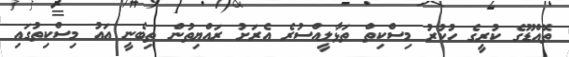
ތޮއްޑޫގެ ކުރީގެ ހުކުރު މިސްކިތް ތަޅާލީއްސުރެ އެރަށު ރައްޔިތުން ތިބެނީ އައު މިސްކިތުގައި